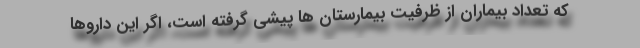
که تعداد بیماران از ظرفیت بیمارستان ها پیشی گرفته است، اگر این داروها